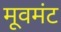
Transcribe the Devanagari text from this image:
मूवमंट